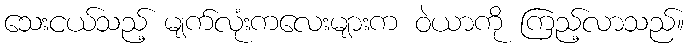
သေးငယ်သည့် မျက်လုံးကလေးများက ဝဲယာကို ကြည့်လာသည်။